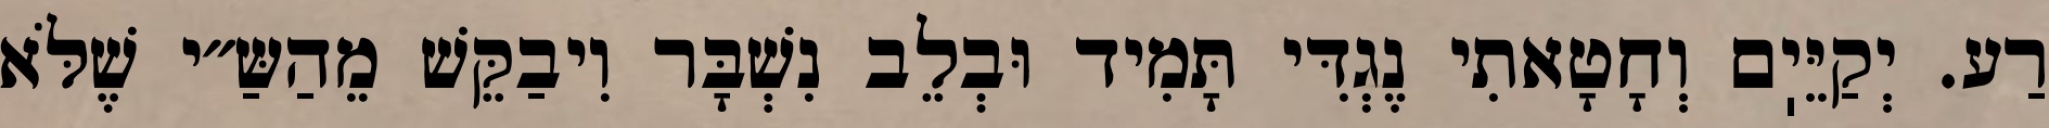
רַע. יְקַיֵּיֽם וְחָטָאתִי נֶגְדִּי תָּמִיד וּבְלֵב נִשְׁבָּר וִיבַקֵּשׁ מֵהַשַּ״י שֶׁלֹּא